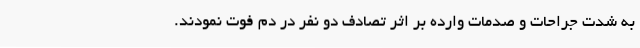
به شدت جراحات و صدمات وارده بر اثر تصادف دو نفر در دم فوت نمودند.